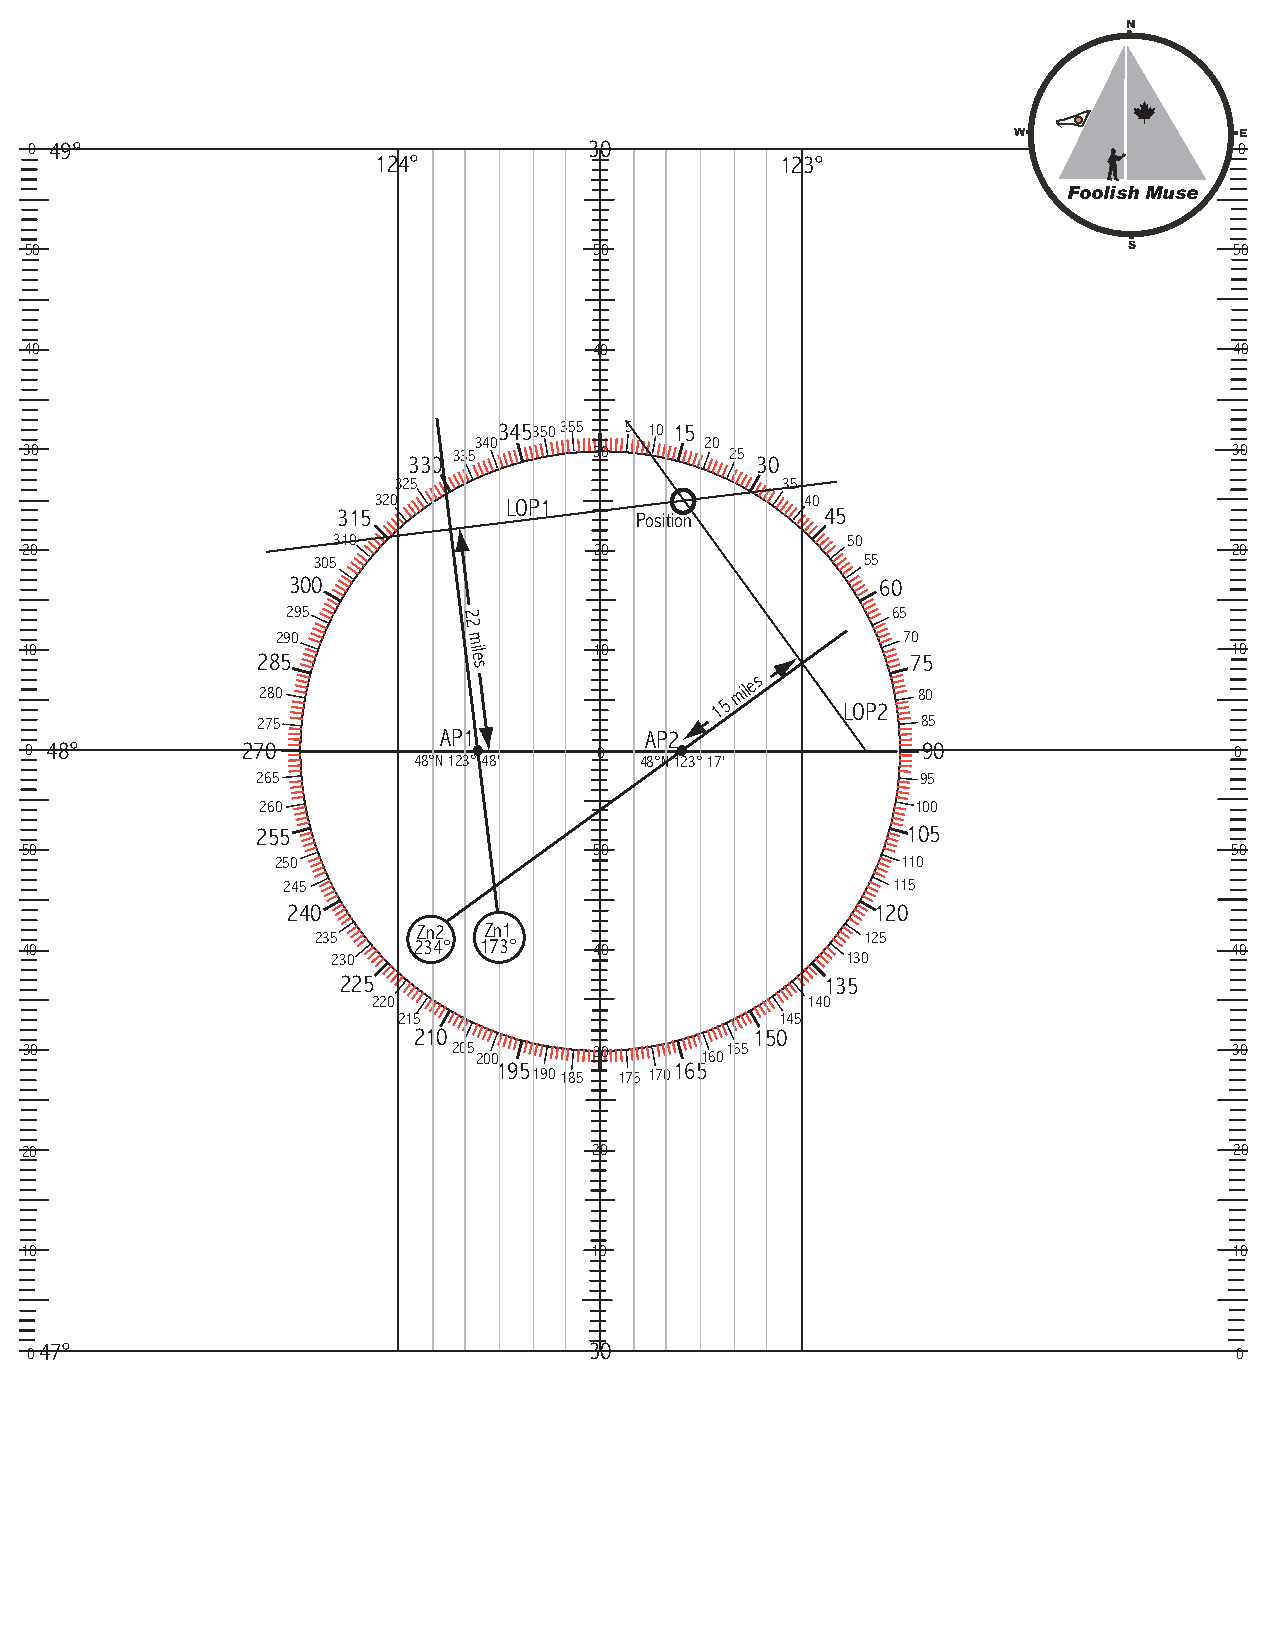
N
 0 49°                                30                          W              0E
 124°                       123°
 Foolish Muse
 50                                   50                                  S      50
 40                                   40                                         40
 345350355 5 10 15
 340             20
 30                       330 335     30       25 30                             30
 325                       35
 320      LOP1               40
 315                 Position     45
 310                               50
 20                                    20                                         20
 305                                 55
 300                                    60
 295                                     65
 2
 10
 290          2
 m       10
 70
 10
 285           ile                          75
 s
 280
 15
 miles
 LOP2
 80
 275                                         85
 AP1           AP2
 0 48°         270                    0                     90                   0
 48°N 123° 48'  48°N 123° 17'
 265                                         95
 260                                         100
 255                                        105
 50                                    50                                        50
 250                                       110
 245                                     115
 240                                    120
 Zn2 Zn1
 40                  235   234° 173°   40                125                     40
 230                               130
 225                              135
 220                         140
 215                       145
 210                    150
 30                          205
 200
 30     160155                              30
 195         165
 190185 175 170
 20                                    20                                         20
 10                                    10                                         10
 47°                                 30
 0                                                                               0